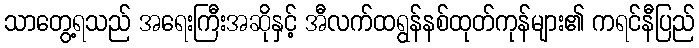
သာတွေ့ရသည် အရေးကြီးအဆိုနှင့် အီလက်ထရွန်နစ်ထုတ်ကုန်များ၏ ကရင်နီပြည်